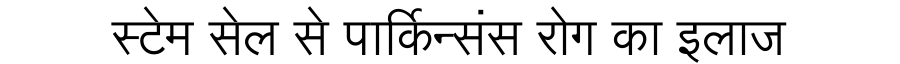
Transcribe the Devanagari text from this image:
स्टेम सेल से पार्किन्संस रोग का इलाज